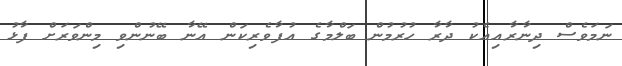
ނަމަވެސް ދިނާރާއިއެކު ދާރާ ހުރުމުން ބަލްމާގެ އުފާވެރިކަން އޭނާ ބޭނުންވި މިންވަރަށް ފާޅު